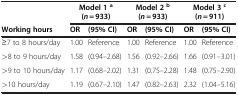
<table><thead><tr><td><b> </b></td><td colspan="2"><b>Model 1 <sup>a</sup></b></td><td colspan="2"><b>Model 2 <sup>b</sup></b></td><td colspan="2"><b>Model 3 <sup>c</sup></b></td></tr><tr><td><b> </b></td><td colspan="2"><b>(<i>n</i> = 933)</b></td><td colspan="2"><b>(<i>n</i> = 933)</b></td><td colspan="2"><b>(<i>n</i> = 911)</b></td></tr><tr><td><b>Working hours</b></td><td><b>OR</b></td><td><b>(95% CI)</b></td><td><b>OR</b></td><td><b>(95% CI)</b></td><td><b>OR</b></td><td><b>(95% CI)</b></td></tr></thead><tbody><tr><td>≥7 to 8 hours/day</td><td>1.00</td><td>Reference</td><td>1.00</td><td>Reference</td><td>1.00</td><td>Reference</td></tr><tr><td>&gt;8 to 9 hours/day</td><td>1.58</td><td>(0.94–2.68)</td><td>1.56</td><td>(0.92–2.66)</td><td>1.66</td><td>(0.91–3.01)</td></tr><tr><td>&gt;9 to 10 hours/day</td><td>1.17</td><td>(0.68–2.02)</td><td>1.31</td><td>(0.75–2.28)</td><td>1.48</td><td>(0.75–2.90)</td></tr><tr><td>&gt;10 hours/day</td><td>1.19</td><td>(0.67–2.10)</td><td>1.47</td><td>(0.82–2.63)</td><td>2.32</td><td>(1.04–5.16)</td></tr></tbody></table>